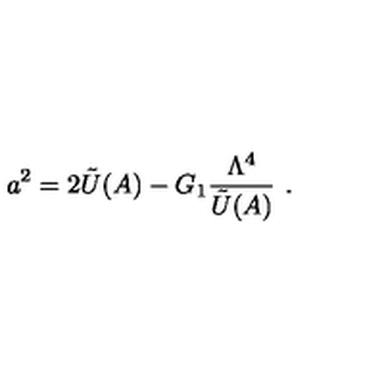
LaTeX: a ^ { 2 } = 2 \tilde { U } ( A ) - G _ { 1 } { \frac { \Lambda ^ { 4 } } { \tilde { U } ( A ) } } \ .